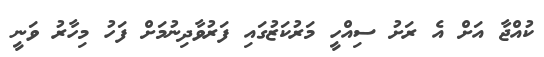
ކުއްޖާ އަށް އެ ރަށު ސިއްހީ މަރުކަޒުގައި ފަރުވާދިނުމަށް ފަހު މިހާރު ވަނީ